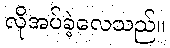
လိုအပ်ခဲ့လေသည်။